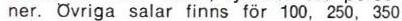
ner. Övriga salar finns för 100, 250, 350